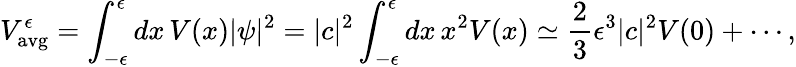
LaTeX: V_{\mathrm{avg}}^{\epsilon}=\int_{-\epsilon}^{\epsilon}dx\, V(x)|\psi|^{2}=|c|^{2}\int_{-\epsilon}^{\epsilon}dx\, x^{2}V(x)\simeq{\frac{2}{3}}\epsilon^{3}|c|^{2}V(0)+\cdots,